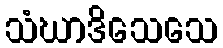
သံဃာဒိသေသေ